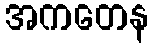
အကတေန